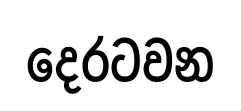
දෙරටවන